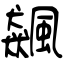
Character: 飆